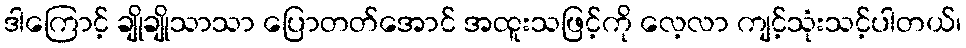
ဒါကြောင့် ချိုချိုသာသာ ပြောတတ်အောင် အထူးသဖြင့်ကို လေ့လာ ကျင့်သုံးသင့်ပါတယ်၊